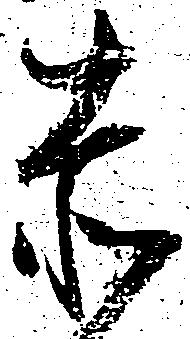
赤